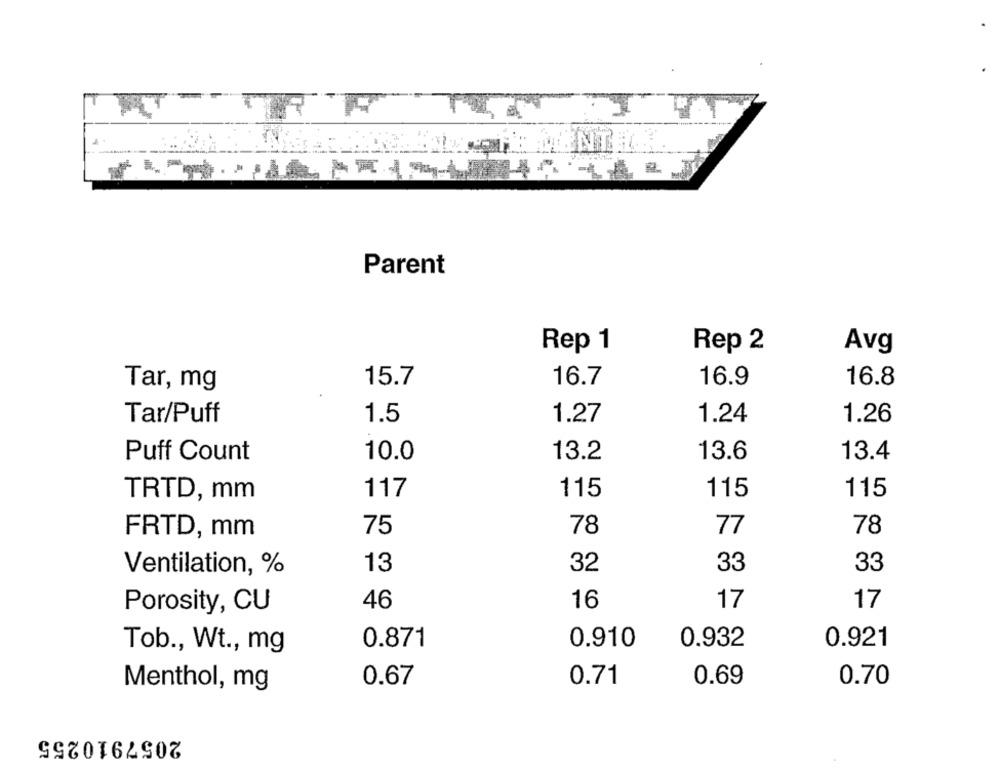
Parent
Rep 2
Rep 1
Avg
15.7
16.7
16.9
16.8
Tar, mg
1.5
Tar/Puff
1.27
1.24
1.26
10.0
13.2
13.6
Puff Count
13.4
117
115
115
115
TRTD, mm
FRTD, mm
75
78
77
78
Ventilation, %
13
32
33
33
Porosity, CU
46
16
17
17
Tob ., Wt ., mg
0.871
0.910
0.932
0.921
0.71
0.70
Menthol, mg
0.67
0.69
2057910255